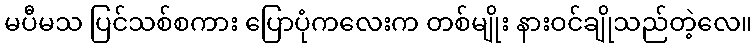
မပီမသ ပြင်သစ်စကား ပြောပုံကလေးက တစ်မျိုး နားဝင်ချိုသည်တဲ့လေ။